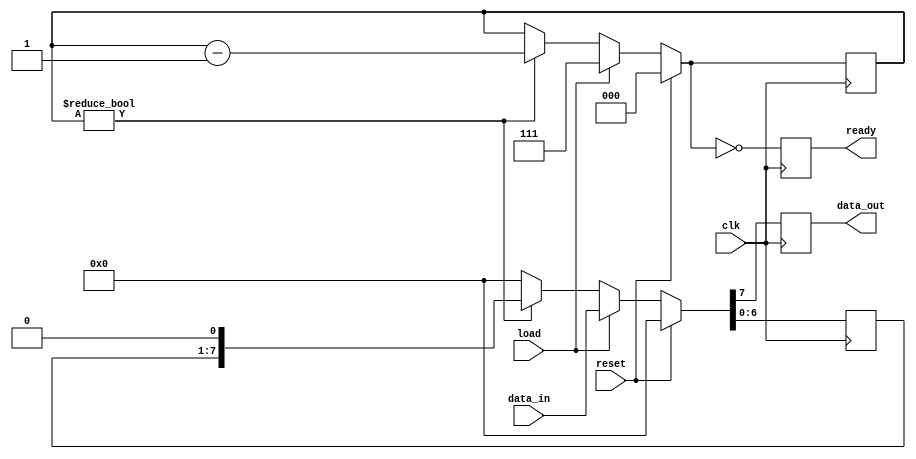
module sr_p2s ( // shift register, parallel to serial
    input reset,
    input clk,
    input [7:0] data_in,
    input load,
    output reg data_out,
    output reg ready
);

reg [2:0] size;
reg [7:0] data_out_reg;

always @(posedge clk) begin
    if (reset) begin
        size = 0;
        data_out_reg = 0;
    end else if (load) begin
        size = 7;
        data_out_reg = data_in;
    end else if (size != 0) begin
        size = size - 1;
        data_out_reg = {data_out_reg[6:0], 1'b0};
    end else begin
        data_out_reg = 0;
    end
    ready = (size == 0);
    data_out = data_out_reg[7];
end

endmodule